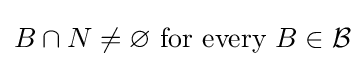
B\cap N\neq \varnothing {\text{ for every }}B\in {\mathcal {B}}